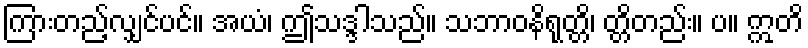
ကြားတည့်လျှင်ပင်။ အယံ၊ ဤသဒ္ဒါသည်။ သဘာဝနိရုတ္တိ၊ တ္တိတည်း။ ပ။ ဣတိ